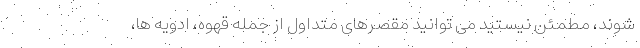
شوند، مطمئن نیستید می توانید مقصرهای متداول از جمله قهوه، ادویه ها،